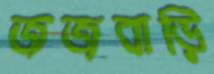
জজবাড়ি